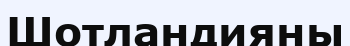
Шотландияны